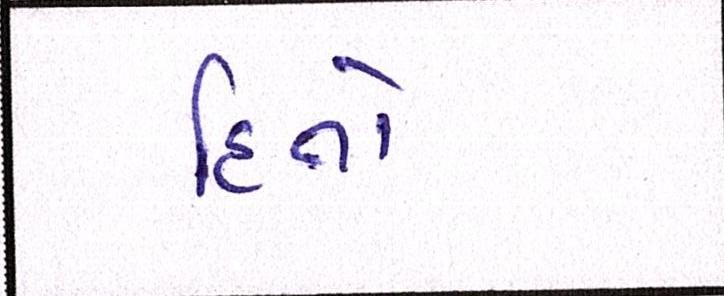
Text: હિતો